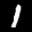
Label: 1